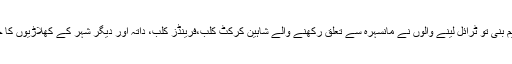
ڈگری کالج مانسہرہ کی جب 1988میں کرکٹ ٹیم بنی تو ٹرائل لینے والوں نے مانسہرہ سے تعلق رکھنے والے شاہین کرکٹ کلب،فرینڈز کلب، داتہ اور دیگر شہر کے کھلاڑیوں کا چناو کرکے باقی ٹرائل دینے والوں کو آوٹ کردیا۔